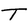
Character: T